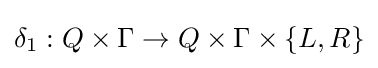
\delta _{1}:Q\times \Gamma \to Q\times \Gamma \times \{L,R\}